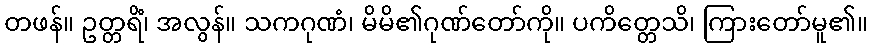
တဖန်။ ဥတ္တရိံ၊ အလွန်။ သကဂုဏံ၊ မိမိ၏ဂုဏ်တော်ကို။ ပကိတ္တေသိ၊ ကြားတော်မူ၏။